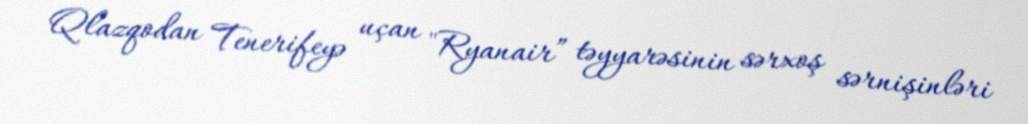
Qlazqodan Tenerifeyə uçan "Ryanair” təyyarəsinin sərxoş sərnişinləri